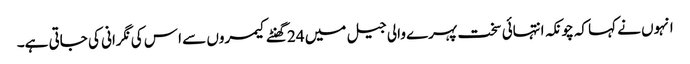
انہوں نے کہا کہ چونکہ انتہائی سخت پہرے والی جیل میں 24 گھنٹے کیمروں سے ا س کی نگرانی کی جاتی ہے۔